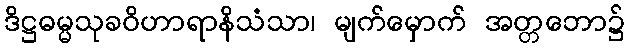
ဒိဋ္ဌဓမ္မသုခဝိဟာရာနိသံသာ၊ မျက်မှောက် အတ္တဘော၌